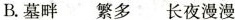
B.墓畔 繁多 长夜漫漫